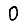
Digit: 0